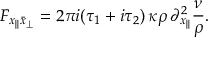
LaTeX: F _ { x _ { | | } \bar { x } _ { \perp } } = 2 \pi i ( \tau _ { 1 } + i \tau _ { 2 } ) \, \kappa \rho \, \partial _ { x _ { | | } } ^ { 2 } \frac { \nu } { \rho } .